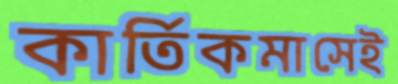
কার্তিকমাসেই